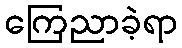
ကြေညာခဲ့ရာ